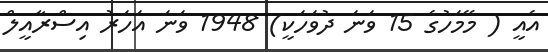
އެއީ ( މޭމަހުގެ 15 ވަނަ ދުވަހަކީ) 1948 ވަނަ އަހަރު އިސްރާއީލް